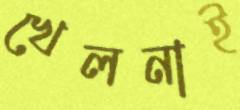
খেলনাই